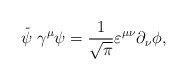
\begin{align*}\stackrel{\_}{\psi }\gamma ^{\mu }\psi =\frac{1}{\sqrt{\pi }}\varepsilon^{\mu \nu }\partial _{\nu }\phi , \end{align*}